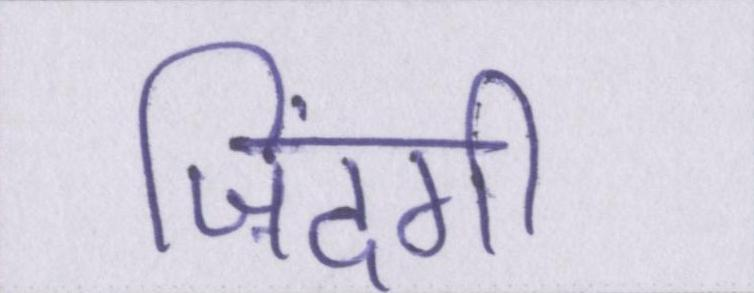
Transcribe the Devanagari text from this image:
ज़िंदगी